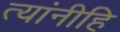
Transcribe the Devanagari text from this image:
त्यांनीहि